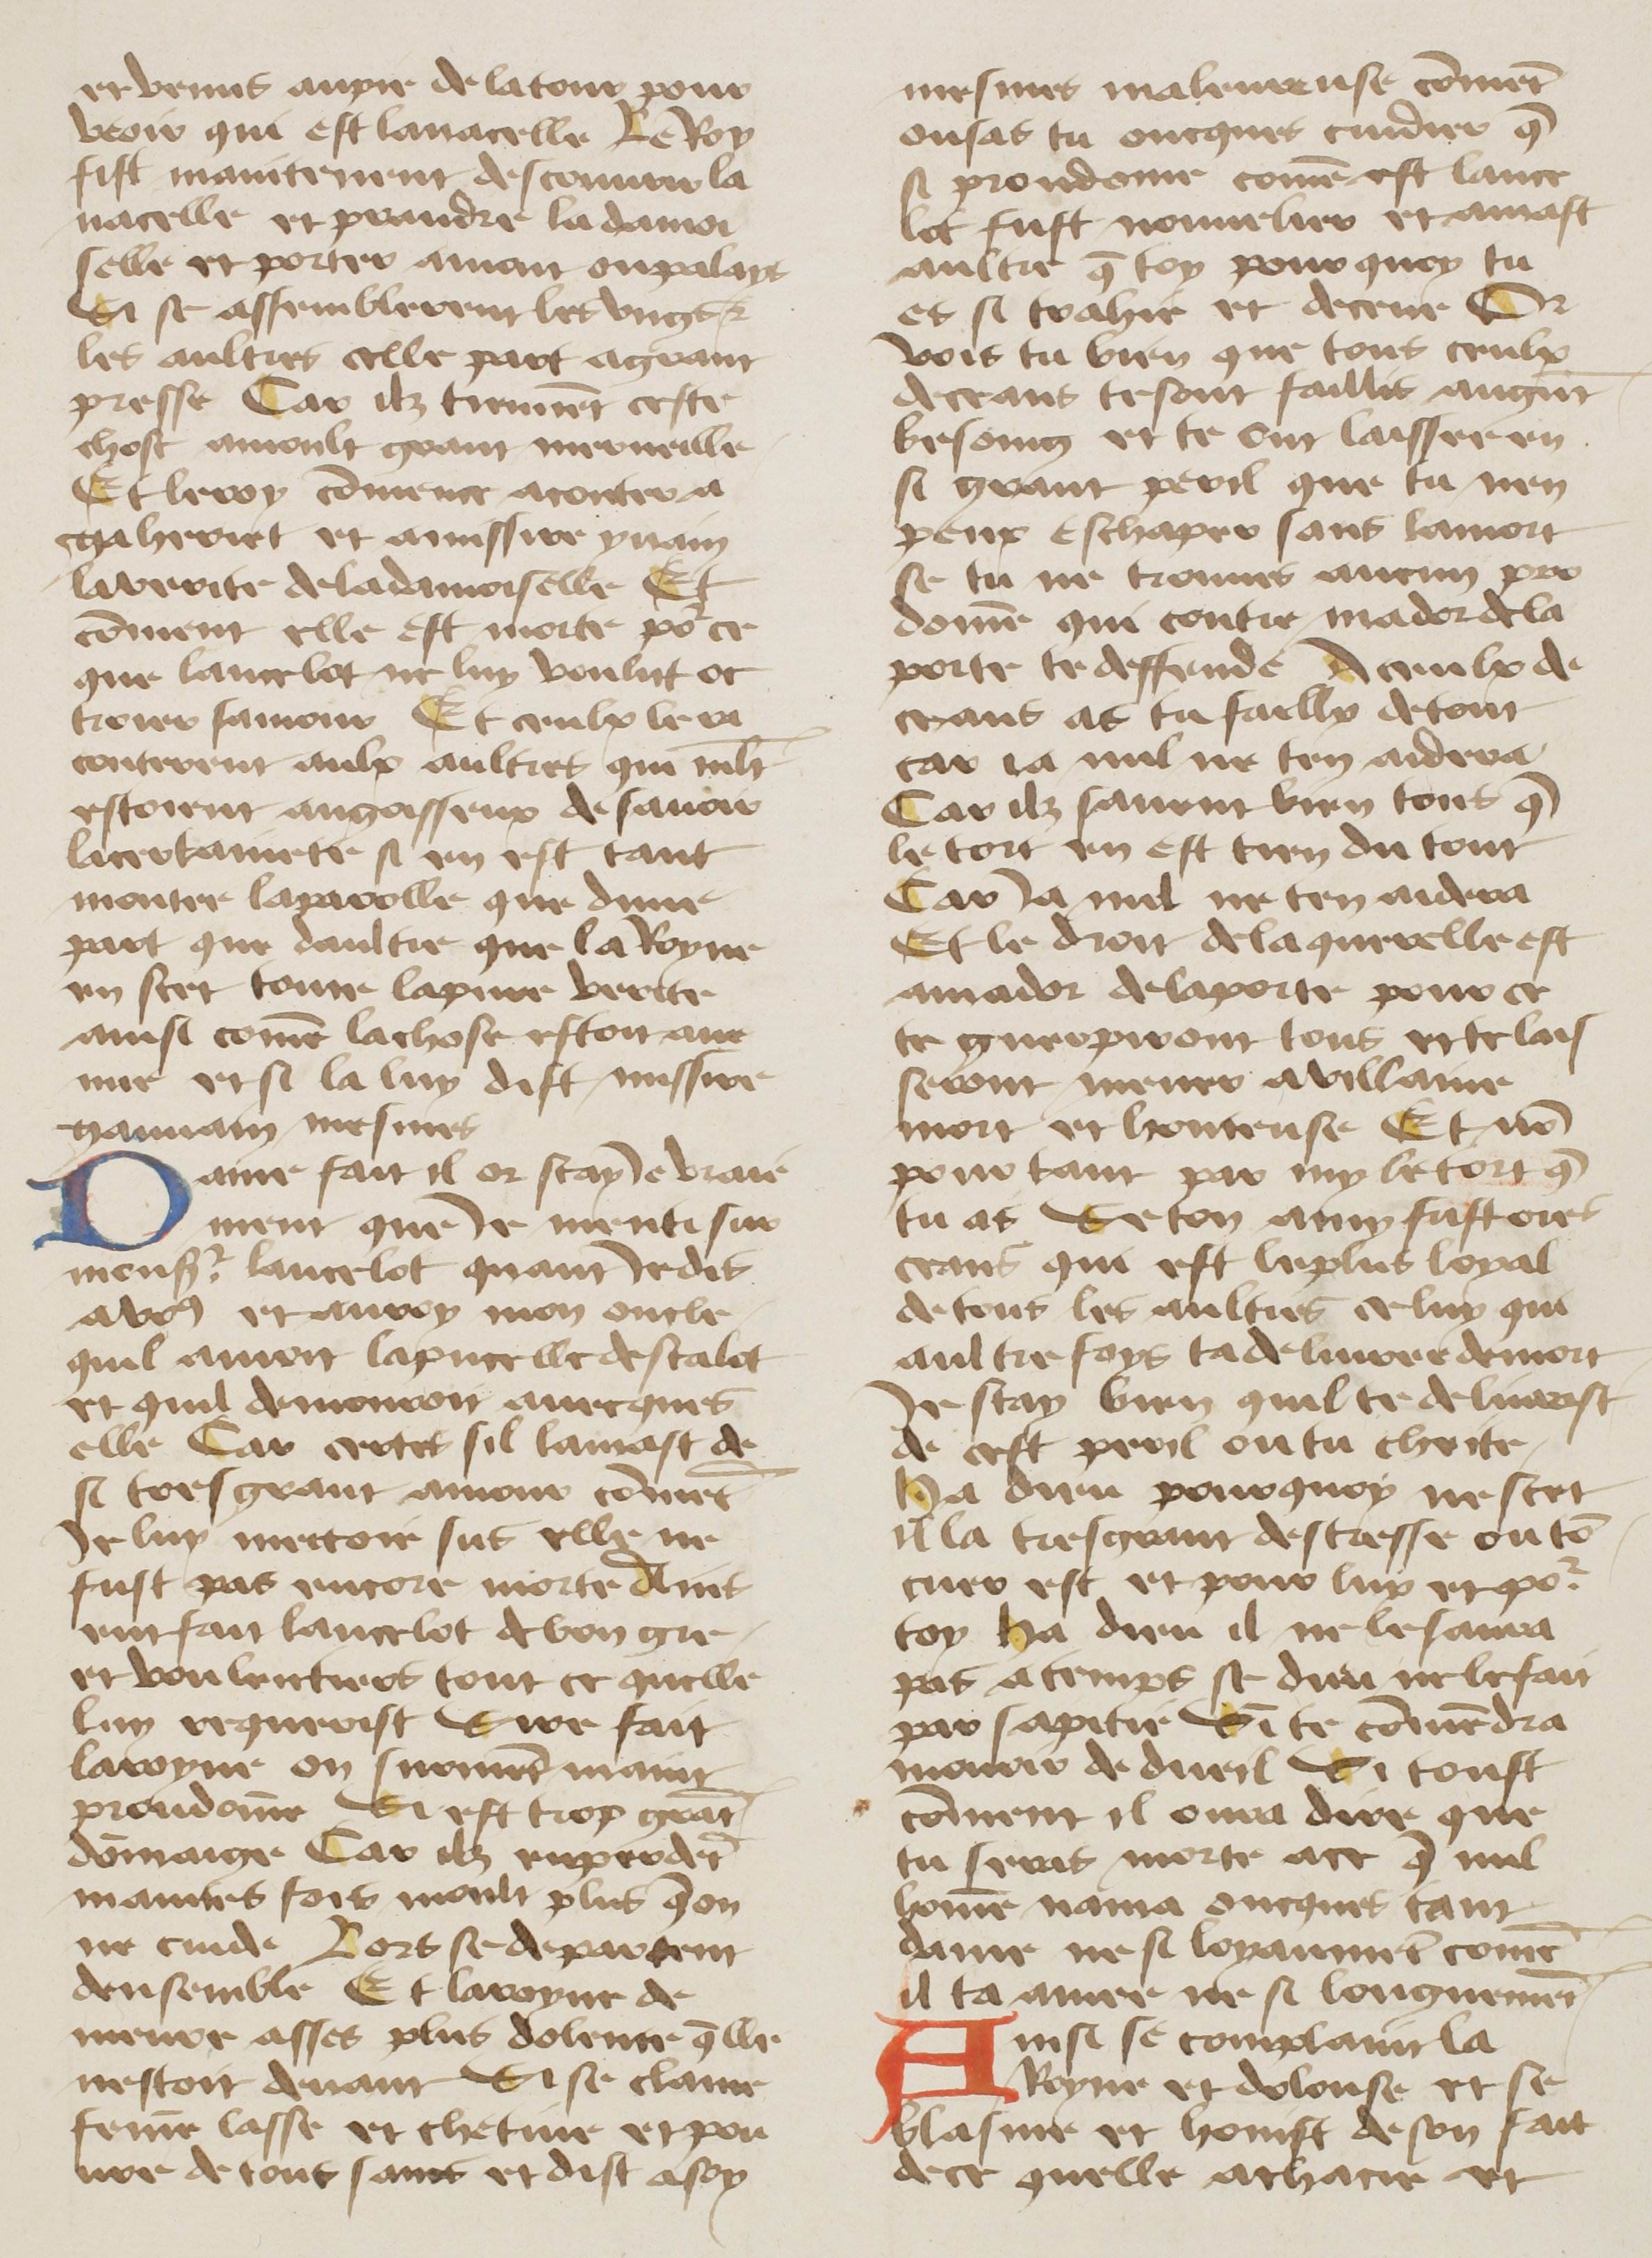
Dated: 1400–1499